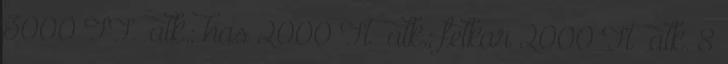
3000 FT alk.; has 2000 Ft alk.; felkar 2000 Ft alk. 8